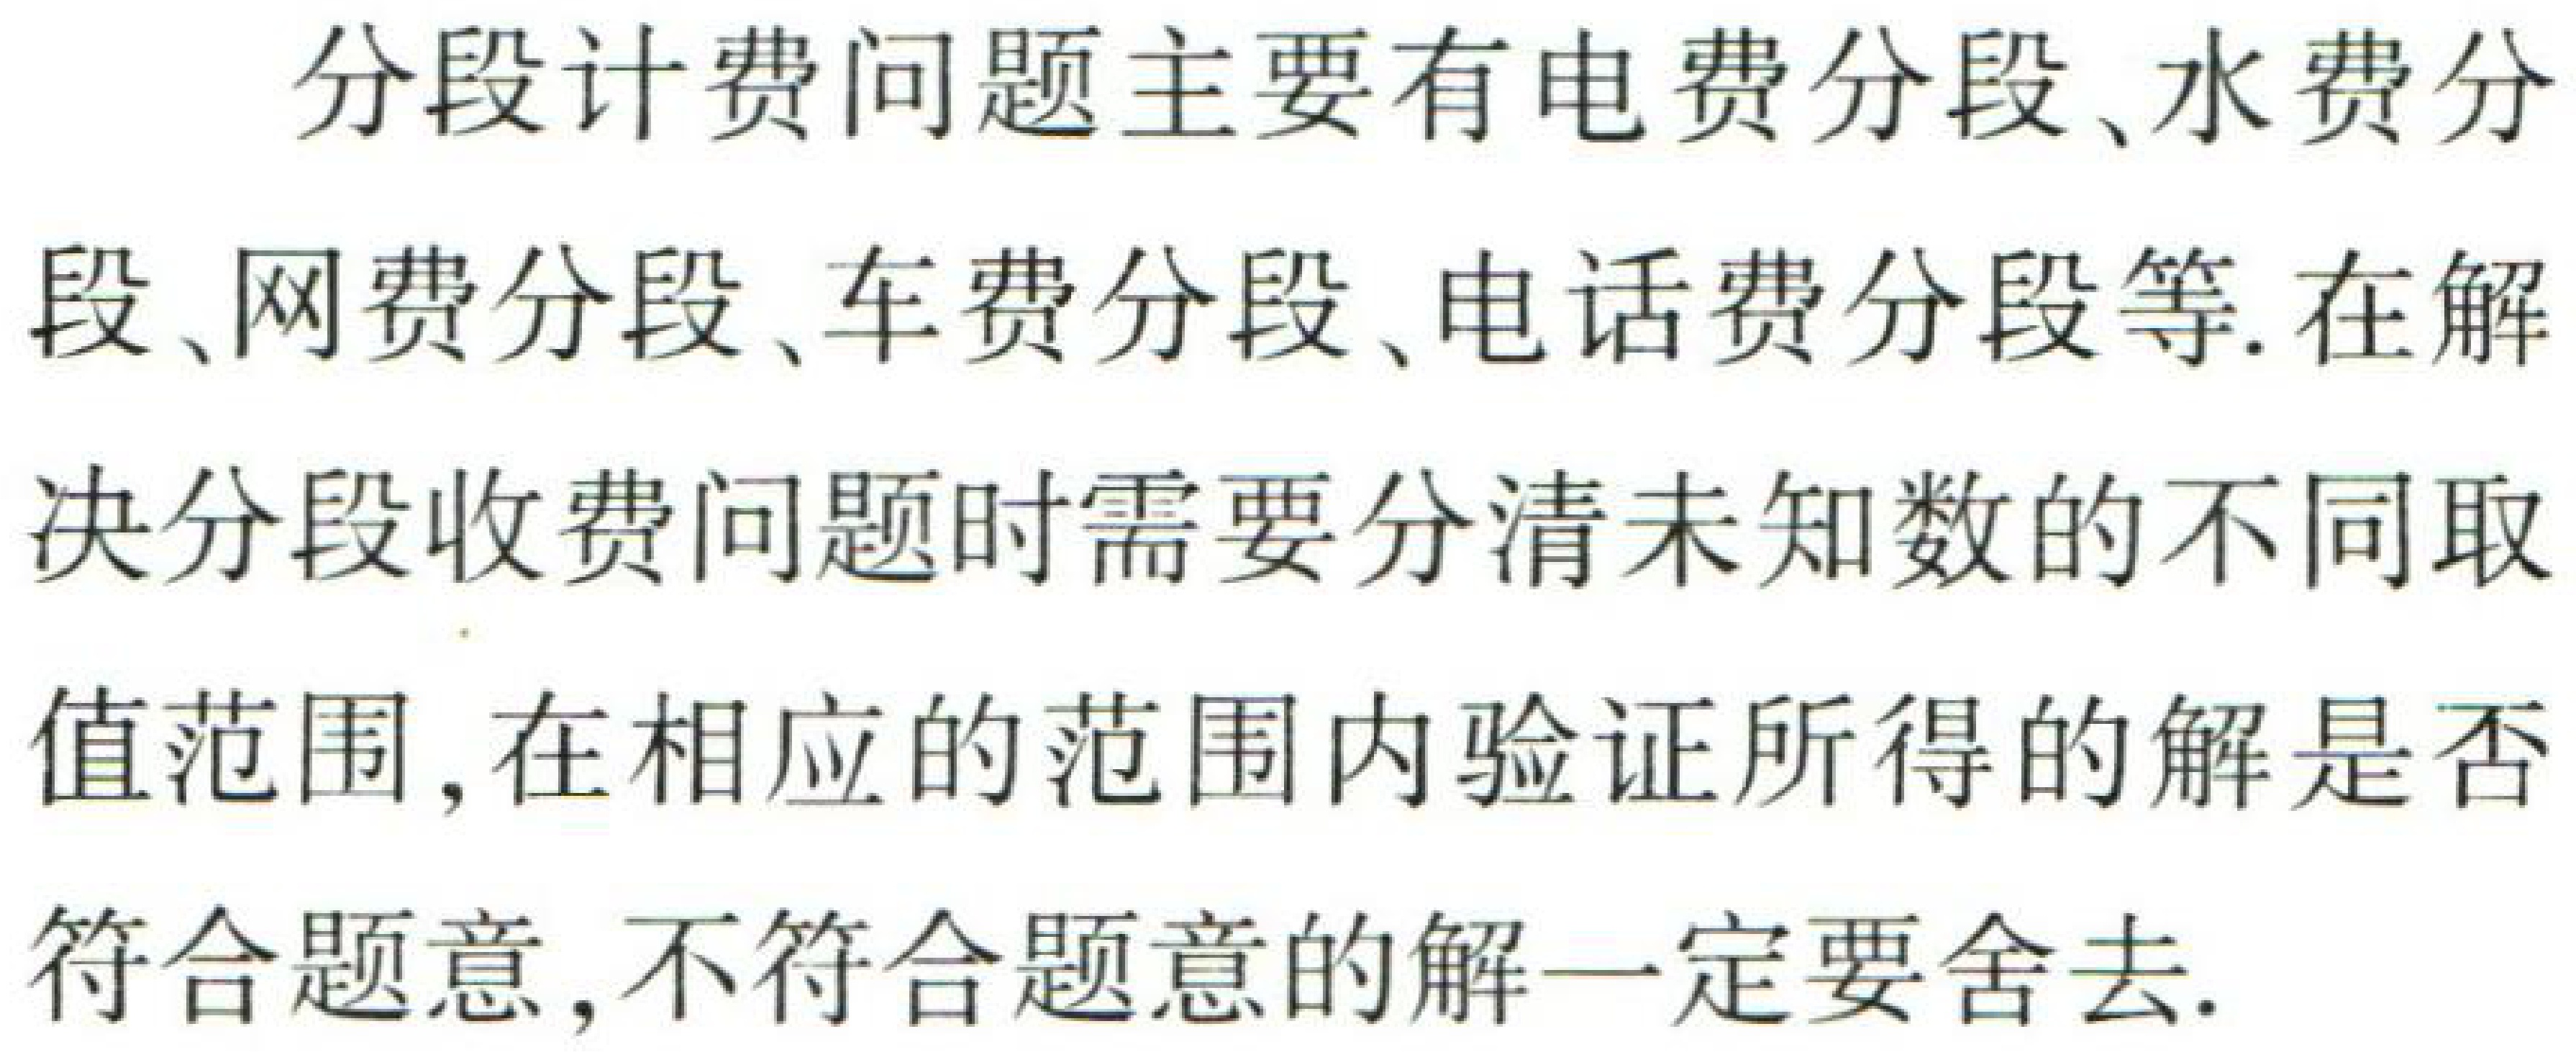
分段计费问题主要有电费分段、水费分

段、网费分段、车费分段、电话费分段等. 在解

决分段收费问题时需要分清未知数的不同取

值范围, 在相应的范围内验证所得的解是否

符合题意, 不符合题意的解一定要舍去.